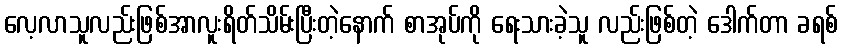
လေ့လာသူလည်းဖြစ်အာလူးရိတ်သိမ်းပြီးတဲ့နောက် စာအုပ်ကို ရေးသားခဲ့သူ လည်းဖြစ်တဲ့ ဒေါက်တာ ခရစ်